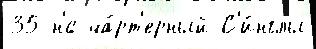
35 н'́с ча́рт'ерный С'и́нглы